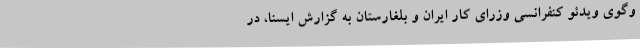
وگوی ویدئو کنفرانسی وزرای کار ایران و بلغارستان به گزارش ایسنا، در